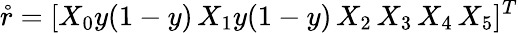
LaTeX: \mathring{r}=[X_{0}y(1-y)\, X_{1}y(1-y)\, X_{2}\, X_{3}\, X_{4}\, X_{5}]^{T}